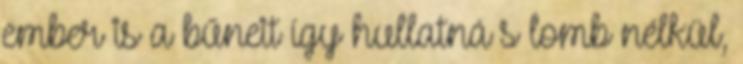
ember is a bűneit így hullatná s lomb nélkül,